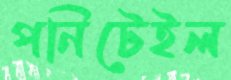
পনিটেইল